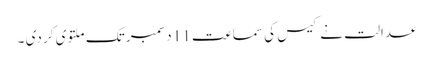
عدالت نے کیس کی سماعت 11 دسمبر تک ملتوی کر دی ۔